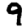
Digit: 9